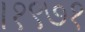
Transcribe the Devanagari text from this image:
।१९७१